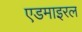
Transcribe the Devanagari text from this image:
एडमाइरल